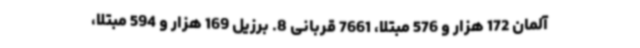
آلمان 172 هزار و 576 مبتلا، 7661 قربانی 8. برزیل 169 هزار و 594 مبتلا،